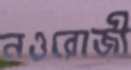
নওরোজী